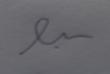
Signature authenticity: forged